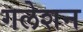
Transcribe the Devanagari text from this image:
गलेशन